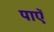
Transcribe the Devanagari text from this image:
पाएॅ